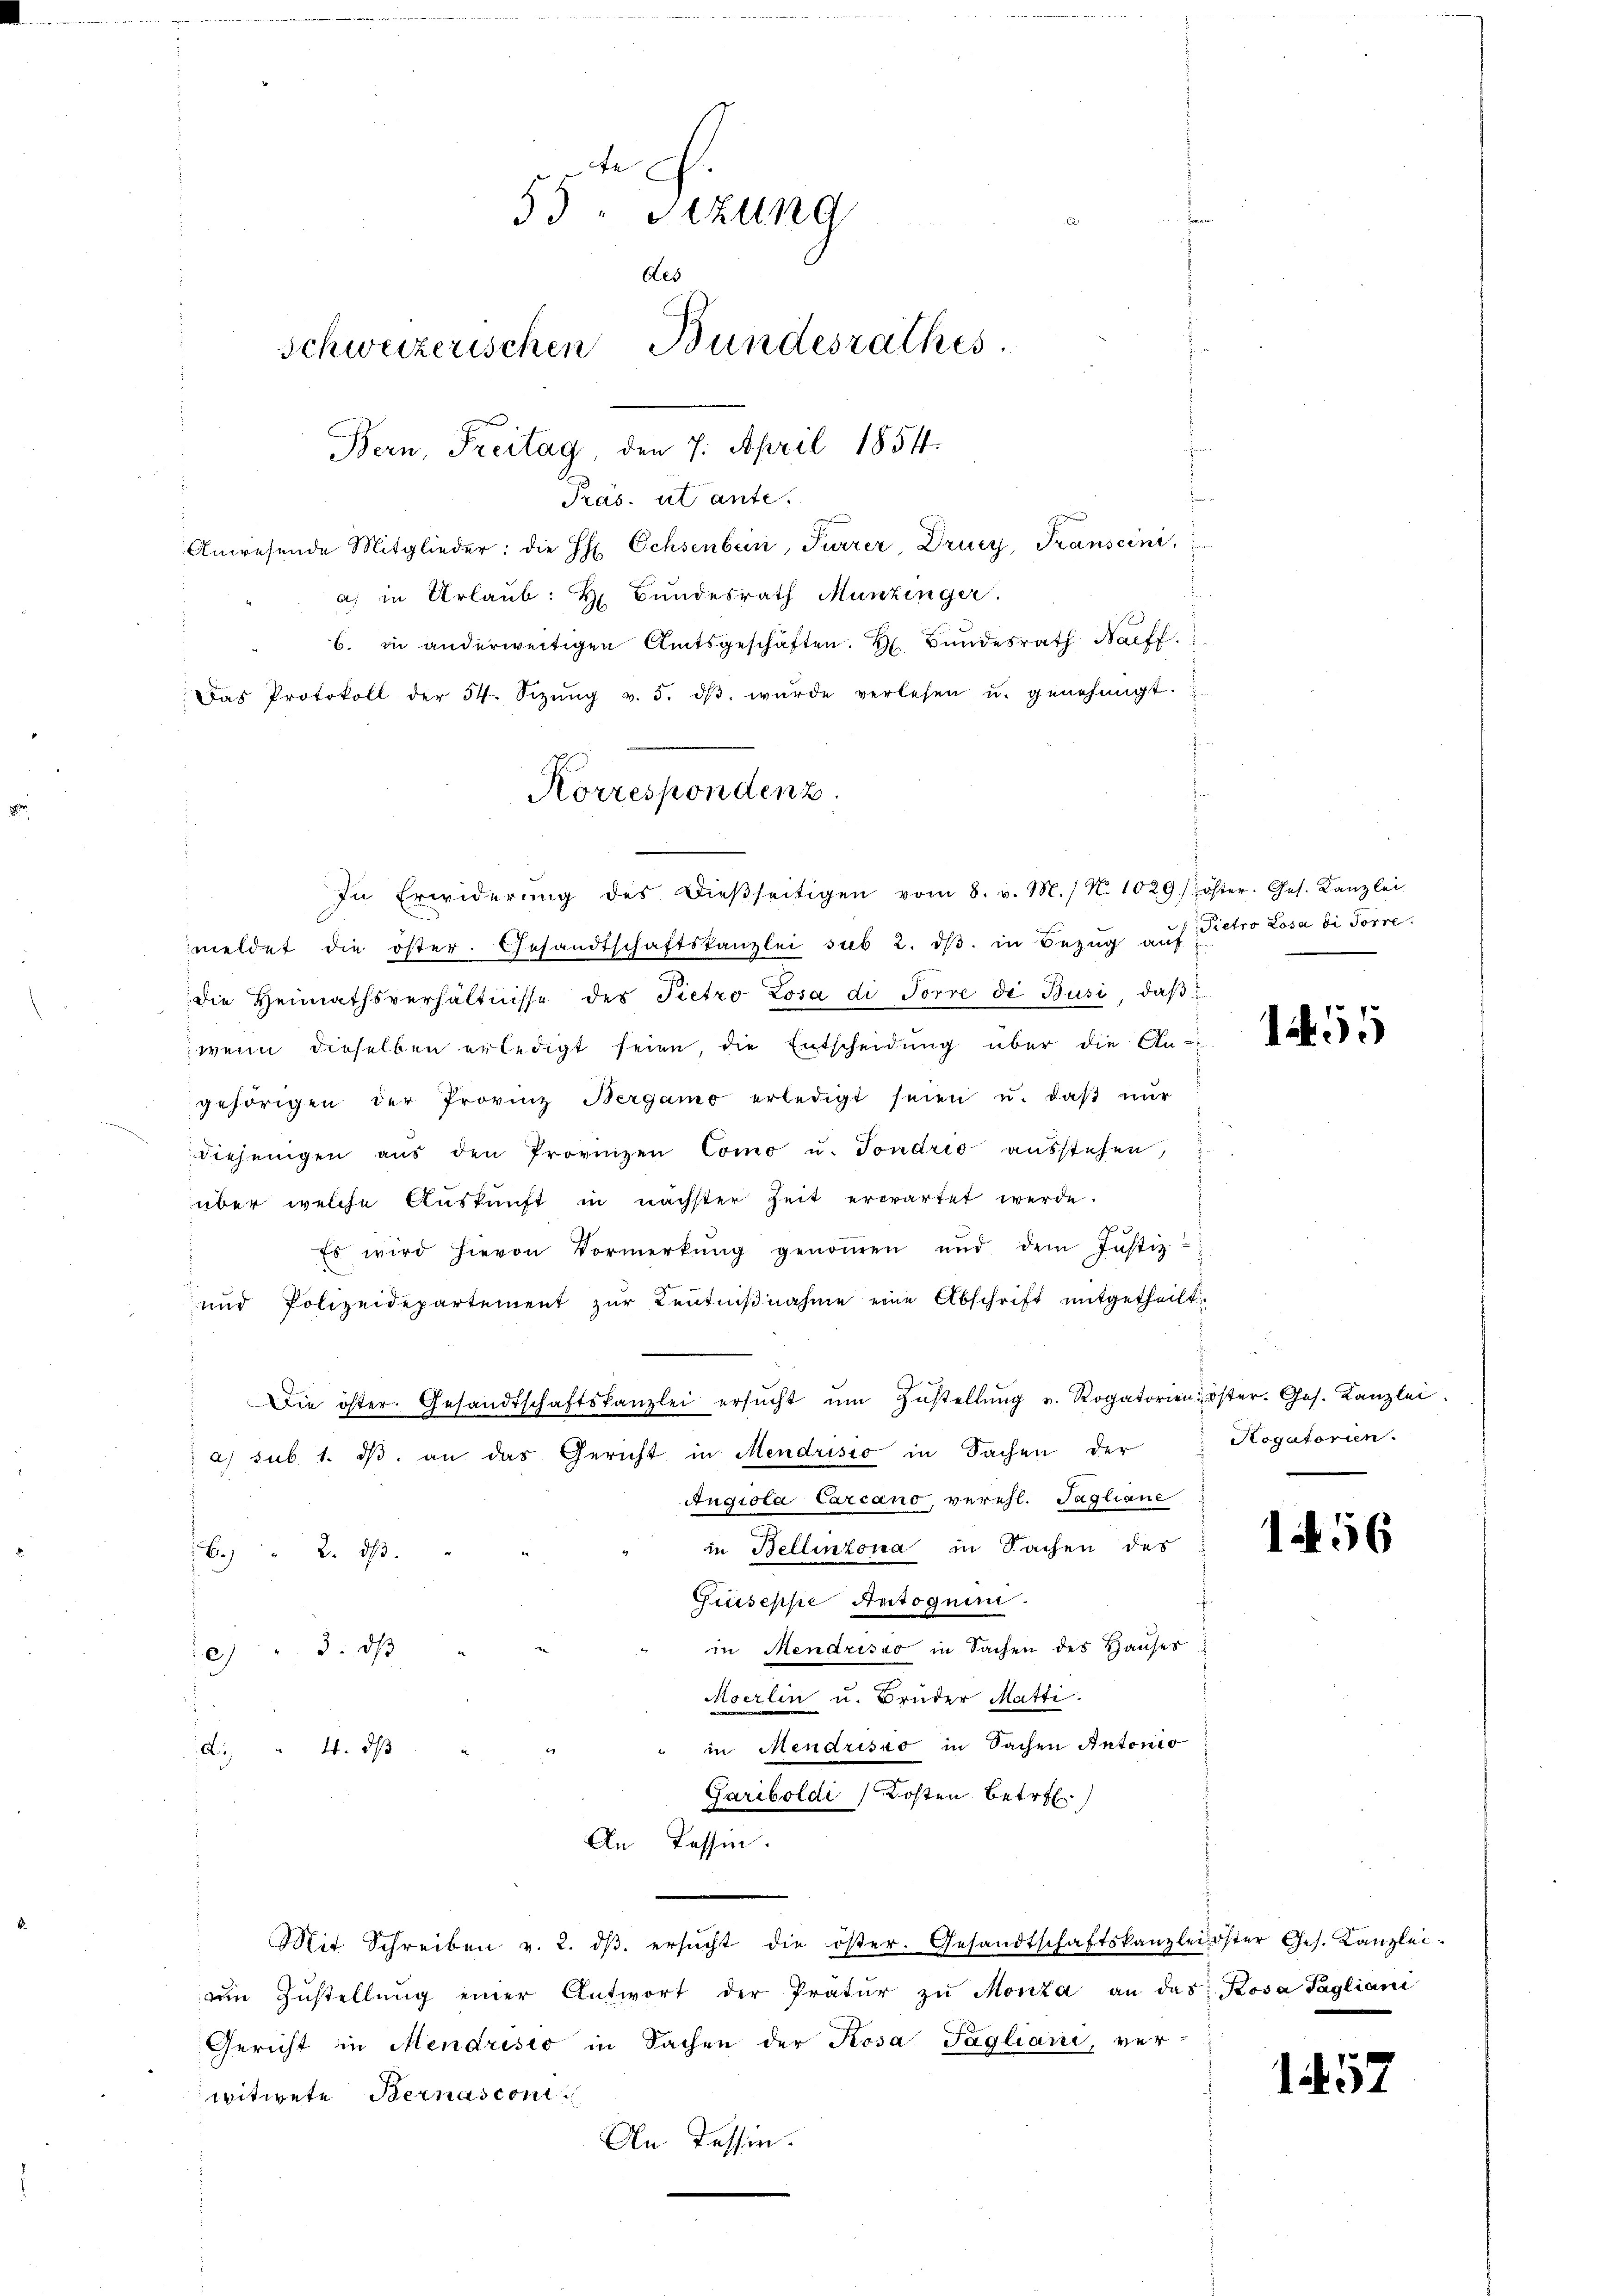
te .
33 " Sizung
n
des
Schweizerischen Bundesrathes
Bern, Freitag, den 7. April 1854.
Präs. utante.
Anwesende Mitglieder: die H. Ochsenbein, Furrer, Drucy, Transcini
a) in Urlaub: H. Bundesrath Munzinger
b. in anderweitigen Amtsgeschäften. F. Bŭndesrath Harff

Das Protokoll der 54. Sizŭng v. 5. dβ wŭrde verlesen u. genehmigt.
f
Korrespondenz.

meldet die öster. Gesandtschaftskanzlei sub 2. dβ in Bezug auf Pietro Losa di Forre
die Heimathsverhältnisse des Pietro Losa di Forre di Busi, daβ
wenn dieselben erledigt seien, die Entscheidung über die An-
gehörigen der Provinz Bergamo erledigt seien u. daβ nŭr
diejenigen aŭs den Provinzen Como u. Sondrio ausstehen,
über welche Auskunft in nächster Zeit erwartet werde.
e
Es wird hievon Vormerkŭng genoṁen und dem Justiz-
und Polizeidepartement zŭr Centniβnahme eine Abschrift mitgetheilt
Die öster. Gesandtschaftskanzlei ersŭcht ŭm Zŭstellŭng u. Rogatorien öster. Ges. Kanzlei.
a) sub. 1. dβ an das Gericht in Mendrisio in Sachen der
Angiola Carcano verehl. Tagliane
in Bellinzona in Sachen des
 2. 3.
Giuseppe Autoguin
in Mendrisso in Sachen des Haŭses.
aj. 3. ds
Moerlin u. Bruder Matti
" in Mendrisao in Sachen Antonio
d. " 4. ds
Gariboldi Kosten betr.
An Lassen.
Mit Schreiben v. 2. dβ ersŭcht die öster. Gesandtschaftskanzlei öster Ges. Kanzlei.
ŭm Zŭstellŭng einer Antwort der Pratŭr zŭ Monta an das Rosa Tagliani
Gericht in Mendrisio in Sachen der Kosa Tagliani, ver-
witwete Bernascon
An Tessin.

In Erwiderŭng des Dieβseitigen vom 8. v. M. / N. 1029 (öster. Ges. Kanzlei

155

Rogatorien.

1456

157